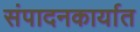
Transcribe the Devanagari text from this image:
संपादनकार्यात